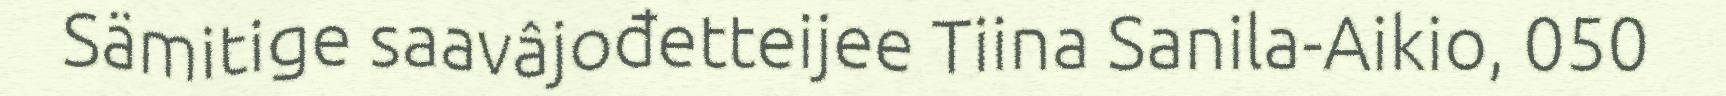
Sämitige saavâjođetteijee Tiina Sanila-Aikio, 050